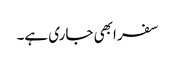
سفر ابھی جاری ہے۔